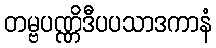
တမ္ဗပဏ္ဏိဒီပပသာဒကာနံ